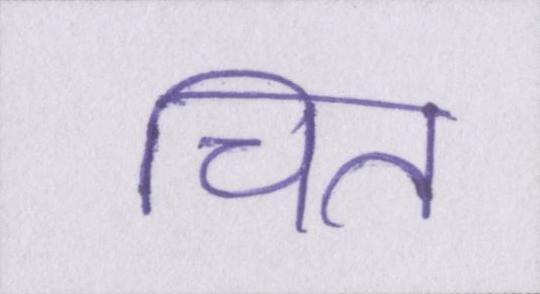
चित